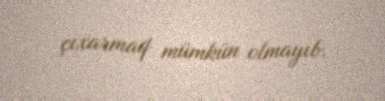
çıxarmaq mümkün olmayıb.